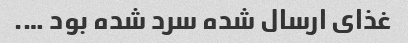
غذای ارسال شده سرد شده بود ….